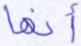
أنها